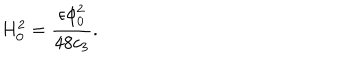
H _ { 0 } ^ { 2 } = { \frac { \epsilon \phi _ { 0 } ^ { 2 } } { 4 8 c _ { 3 } } } .